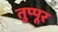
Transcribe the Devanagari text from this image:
तुप्पूर